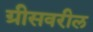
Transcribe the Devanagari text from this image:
ग्रीसवरील